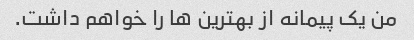
من یک پیمانه از بهترین ها را خواهم داشت.